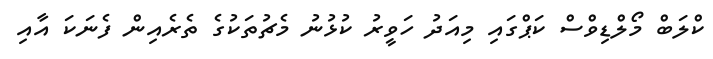
ކްލަބް މޯލްޑިވްސް ކަޕްގައި މިއަދު ހަވީރު ކުޅުނު މެޗުތަކުގެ ތެރެއިން ފެނަކަ އާއި